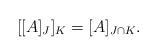
LaTeX: \begin{align*} [[A]_J]_K = [A]_{J \cap K}.\end{align*}